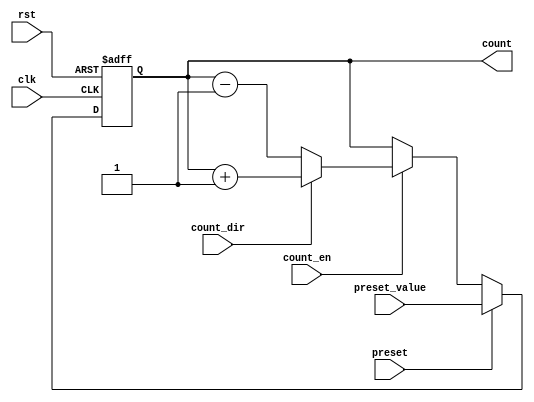
module presettable_counter (
    input wire clk,               // Clock signal
    input wire rst,               // Asynchronous reset
    input wire preset,            // Preset signal
    input wire [N-1:0] preset_value, // Value to load on preset
    input wire count_en,          // Count enable signal
    input wire count_dir,         // Count direction (1 for up, 0 for down)
    output reg [N-1:0] count      // Current counter value
);
    parameter N = 4;              // Define the size of the counter (number of bits)

    // Asynchronous reset and preset logic
    always @(posedge clk or posedge rst) begin
        if (rst) begin
            count <= 0;           // Reset counter to 0
        end else if (preset) begin
            count <= preset_value; // Load preset value
        end else if (count_en) begin
            if (count_dir) begin
                count <= count + 1; // Increment counter
            end else begin
                count <= count - 1; // Decrement counter
            end
        end
    end

endmodule